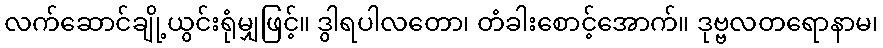
လက်ဆောင်ချို့ယွင်းရုံမျှဖြင့်။ ဒွါရပါလတော၊ တံခါးစောင့်အောက်။ ဒုဗ္ဗလတရောနာမ၊